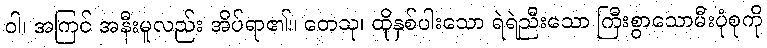
ဝါ၊ အကြင် အနီးမူလည်း အိပ်ရာ၏။ တေသု၊ ထိုနှစ်ပါးသော ရဲရဲညီးသော ကြီးစွာသောမီးပုံစုကို